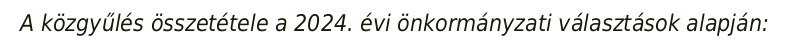
A közgyűlés összetétele a 2024. évi önkormányzati választások alapján: